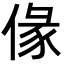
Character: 㑰